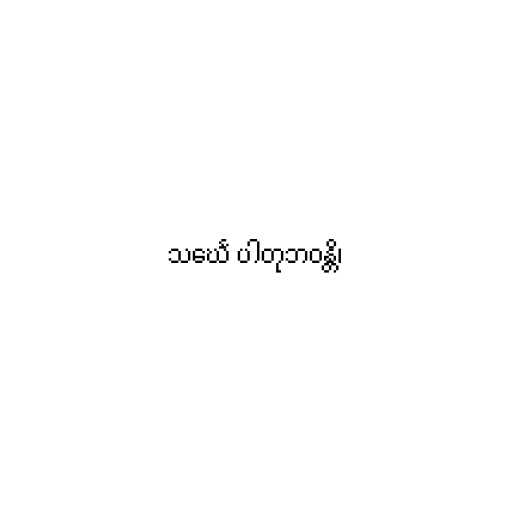
သင်္ဃေ ပါတုဘဝန္တိ၊